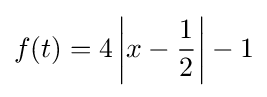
f(t)=4\left|x-{\frac {1}{2}}\right|-1